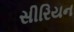
સીરિયન